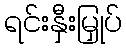
ရင်းနှီးမြှုပ်